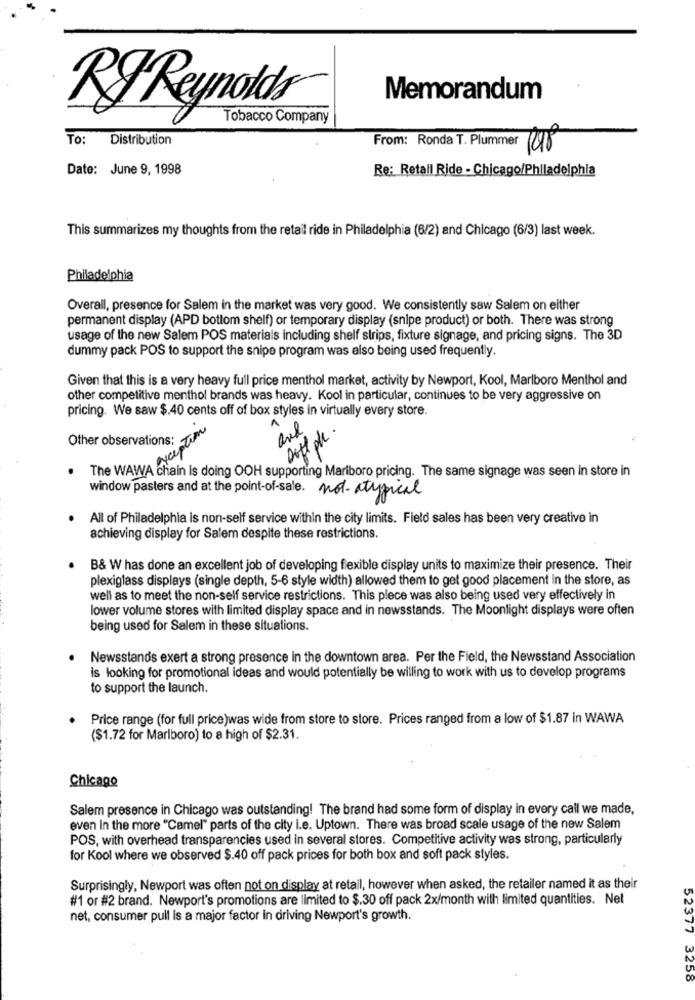
Memorandum
RyReynolds
Tobacco Company
To:
Distribution
From: Ronda T. Plummer
Date: June 9, 1998
Re: Retail Ride - Chicago/Philadelphia
This summarizes my thoughts from the retail ride in Philadelphia (6/2) and Chicago (6/3) last week.
Philadelphia
Overall, presence for Salem in the market was very good. We consistently saw Salem on either
permanent display (APD bottom shelf) or temporary display (snipe product) or both. There was strong
usage of the new Salem POS materials including shelf strips, fixture signage, and pricing signs. The 3D
dummy pack POS to support the snipe program was also being used frequently.
Given that this is a very heavy full price menthol market, activity by Newport, Kool, Marlboro Menthol and
other competitive menthol brands was heavy. Kool in particular, continues to be very aggressive on
pricing. We saw $.40 cents off of box styles in virtually every store.
xception
A
Dott pl .
Other observations:
The WAWA chain Is doing OOH supporting Mariboro pricing. The same signage was seen in store in
window pasters and at the point-of-sale. not. atypical
All of Philadelphia is non-self service within the city limits. Field sales has been very creative in
achieving display for Salem despite these restrictions.
B& W has done an excellent job of developing flexible display units to maximize their presence. Their
plexiglass displays (single depth, 5-6 style width) allowed them to get good placement in the store, as
well as to meet the non-self service restrictions. This piece was also being used very effectively in
lower volume stores with limited display space and in newsstands. The Moonlight displays were often
being used for Salem in these situations.
Newsstands exert a strong presence in the downtown area. Per the Field, the Newsstand Association
is looking for promotional ideas and would potentially be willing to work with us to develop programs
to support the launch.
Price range (for full price)was wide from store to store. Prices ranged from a low of $1.87 in WAWA
($1.72 for Marlboro) to a high of $2.31.
Chicago
Salem presence in Chicago was outstanding! The brand had some form of display in every call we made,
even In the more "Camel" parts of the city i.e. Uptown. There was broad scale usage of the new Salem
POS, with overhead transparencies used in several stores. Competitive activity was strong, particularly
for Kool where we observed $.40 off pack prices for both box and soft pack styles.
Surprisingly, Newport was often not on display at retail, however when asked, the retailer named it as their
#1 or #2 brand. Newport's promotions are limited to $.30 off pack 2x/month with limited quantities. Net
net, consumer pull is a major factor in driving Newport's growth.
52377 3258